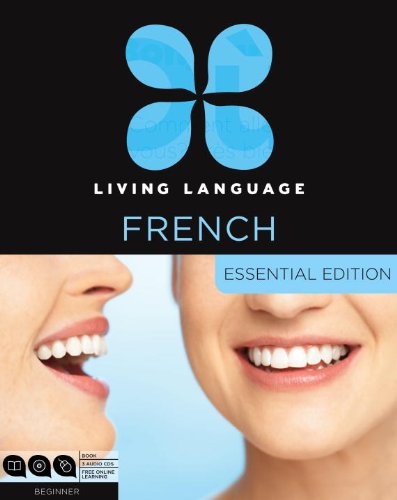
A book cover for Living Language French, Essential Edition: Beginner course, including coursebook, 3 audio CDs, and free online learning; Living Language; Education & Teaching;